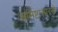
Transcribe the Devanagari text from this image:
भ्रमिष्टासारखे